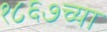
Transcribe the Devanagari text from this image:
१८६७च्या